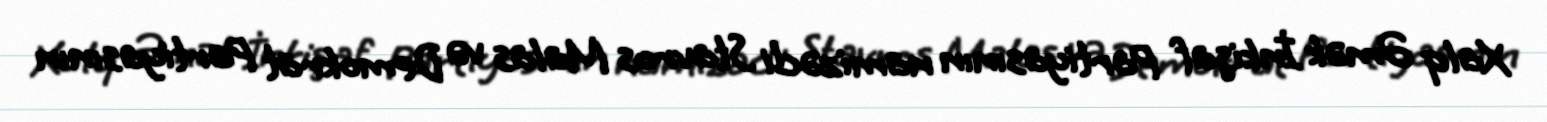
Xalq Əmək İnkişaf Partiyasının namizədi Stavros Malas və Demokrat Partiyasının